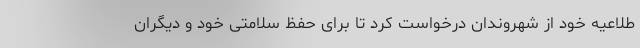
طلاعیه خود از شهروندان درخواست کرد تا برای حفظ سلامتی خود و دیگران